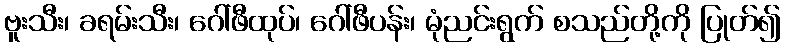
ဗူးသီး၊ ခရမ်းသီး၊ ဂေါ်ဖီထုပ်၊ ဂေါ်ဖီပန်း၊ မုံညင်းရွက် စသည်တို့ကို ပြုတ်၍